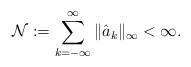
LaTeX: \begin{align*}{\cal N}:= \sum_{k=-\infty}^{\infty} \| \hat{a}_k \|_\infty < \infty.\end{align*}